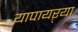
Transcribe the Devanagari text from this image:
यापायऱ्या